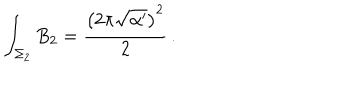
LaTeX: \int _ { \Sigma _ { 2 } } B _ { 2 } = \frac { \left( 2 \pi \sqrt { \alpha ^ { \prime } } \right) ^ { 2 } } { 2 } \, .